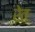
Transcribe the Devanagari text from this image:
रेतः